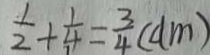
\frac { 1 } { 2 } + \frac { 1 } { 4 } = \frac { 3 } { 4 } ( d m )